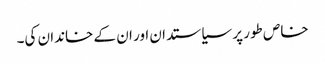
خاص طور پر سیاستدان اور ان کے خاندان کی۔